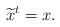
LaTeX: \begin{align*}\widetilde{x}^t = x.\end{align*}